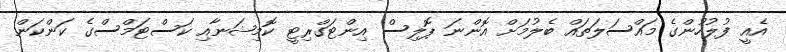
އެއީ ފުލުހުންގެ މައްސަލަތައް ބެލުމަށް އޮންނަ ޕޮލިސް އިންޓަގްރިޓީ ކޮމިޝަނާއި ކަސްޓަމްސްގެ ކަންކަން